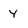
Character: 4